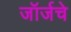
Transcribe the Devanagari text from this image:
जॉर्जचे